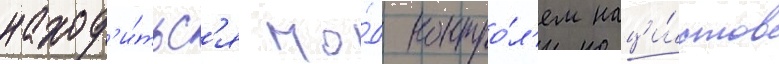
наход'и́тьс'я по́д контро́л'ем наци́стов